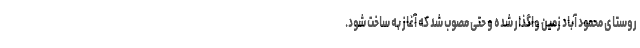
روستای محمود آباد زمین واگذار شده و حتی مصوب شد که آغاز به ساخت شود.